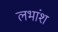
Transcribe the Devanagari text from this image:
लभांश